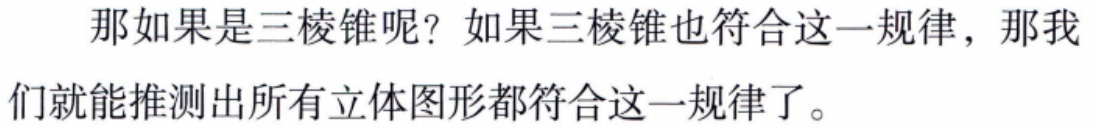
那如果是三棱锥呢？如果三棱锥也符合这一规律，那我们就能推测出所有立体图形都符合这一规律了。